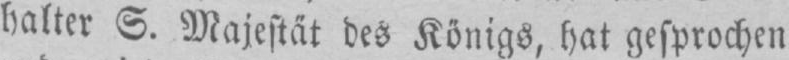
halter S. Majestät des Königs, hat gesprochen